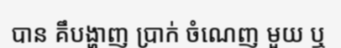
បាន គឹបង្ហាញ ប្រាក់ ចំណេញ មួយ ឬ